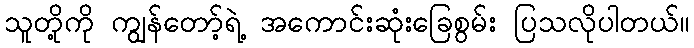
သူတို့ကို ကျွန်တော့်ရဲ့ အကောင်းဆုံးခြေစွမ်း ပြသလိုပါတယ်။